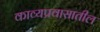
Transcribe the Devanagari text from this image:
काव्यप्रवासातील